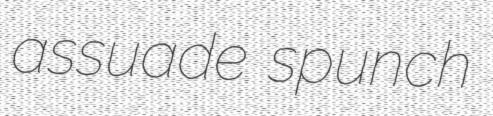
assuade spunch